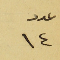
عدد ١٤